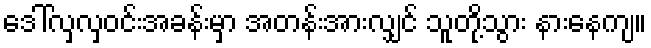
ဒေါ်လှလှဝင်းအခန်းမှာ အတန်းအားလျှင် သူတို့သွား နားနေကျ။